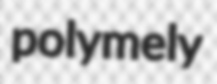
polymely